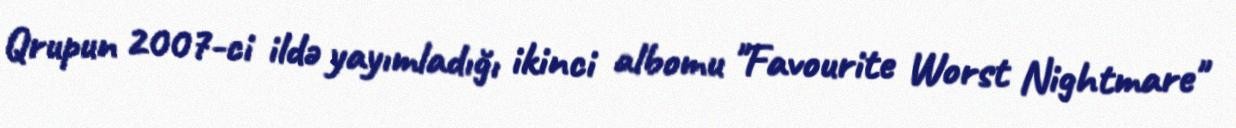
Qrupun 2007-ci ildə yayımladığı ikinci albomu "Favourite Worst Nightmare"